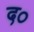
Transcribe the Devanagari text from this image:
द०